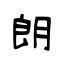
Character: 朗